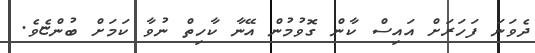
ދެވަނަ ފަހަރަށް އައިސް ކާން ގޮވުމުން އޭނާ ކާހިތް ނުވާ ކަމަށް ބުންޏެވެ.